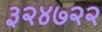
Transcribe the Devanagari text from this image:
३२४७२२